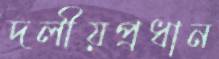
দলীয়প্রধান